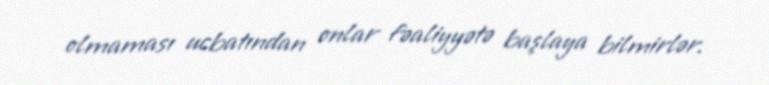
olmaması ucbatından onlar fəaliyyətə başlaya bilmirlər.